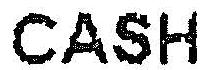
CASH